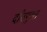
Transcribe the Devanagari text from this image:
दाँतयुक्त